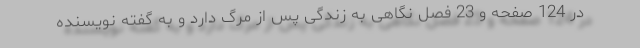
در 124 صفحه و 23 فصل نگاهی به زندگی پس از مرگ دارد و به گفته نویسنده